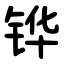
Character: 铧